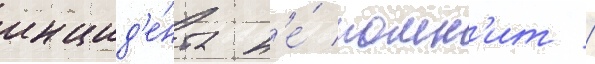
инцид'е́нта н'е́ помн'ит /